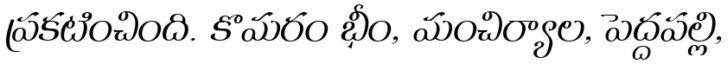
ప్రకటించింది. కొమరం భీం, మంచిర్యాల, పెద్దపల్లి,